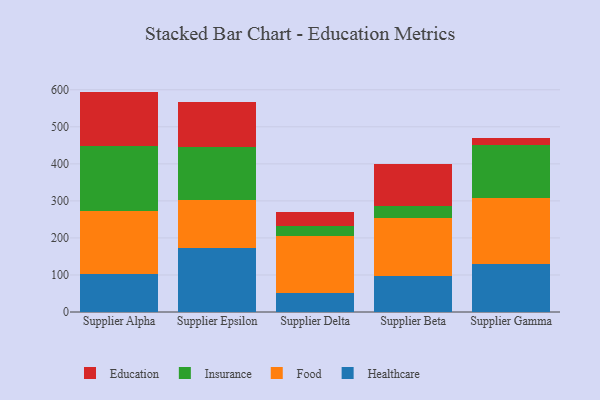
{"axis": {"x": "Supplier", "y": "Energy Usage (MWh)"}, "legend": ["Education", "Food", "Healthcare", "Insurance"], "data": [{"x": "Supplier Alpha", "y": 103.8, "type": "Healthcare"}, {"x": "Supplier Alpha", "y": 168.6, "type": "Food"}, {"x": "Supplier Alpha", "y": 176.2, "type": "Insurance"}, {"x": "Supplier Alpha", "y": 146.5, "type": "Education"}, {"x": "Supplier Epsilon", "y": 173.8, "type": "Healthcare"}, {"x": "Supplier Epsilon", "y": 129.5, "type": "Food"}, {"x": "Supplier Epsilon", "y": 140.9, "type": "Insurance"}, {"x": "Supplier Epsilon", "y": 122.3, "type": "Education"}, {"x": "Supplier Delta", "y": 52.4, "type": "Healthcare"}, {"x": "Supplier Delta", "y": 152.8, "type": "Food"}, {"x": "Supplier Delta", "y": 26.4, "type": "Insurance"}, {"x": "Supplier Delta", "y": 38.1, "type": "Education"}, {"x": "Supplier Beta", "y": 97.2, "type": "Healthcare"}, {"x": "Supplier Beta", "y": 156.5, "type": "Food"}, {"x": "Supplier Beta", "y": 33.5, "type": "Insurance"}, {"x": "Supplier Beta", "y": 112.9, "type": "Education"}, {"x": "Supplier Gamma", "y": 128.8, "type": "Healthcare"}, {"x": "Supplier Gamma", "y": 178.2, "type": "Food"}, {"x": "Supplier Gamma", "y": 145.0, "type": "Insurance"}, {"x": "Supplier Gamma", "y": 18.3, "type": "Education"}]}